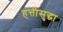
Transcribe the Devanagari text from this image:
हत्तीसुद्धा